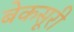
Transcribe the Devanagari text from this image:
बेकसूरी